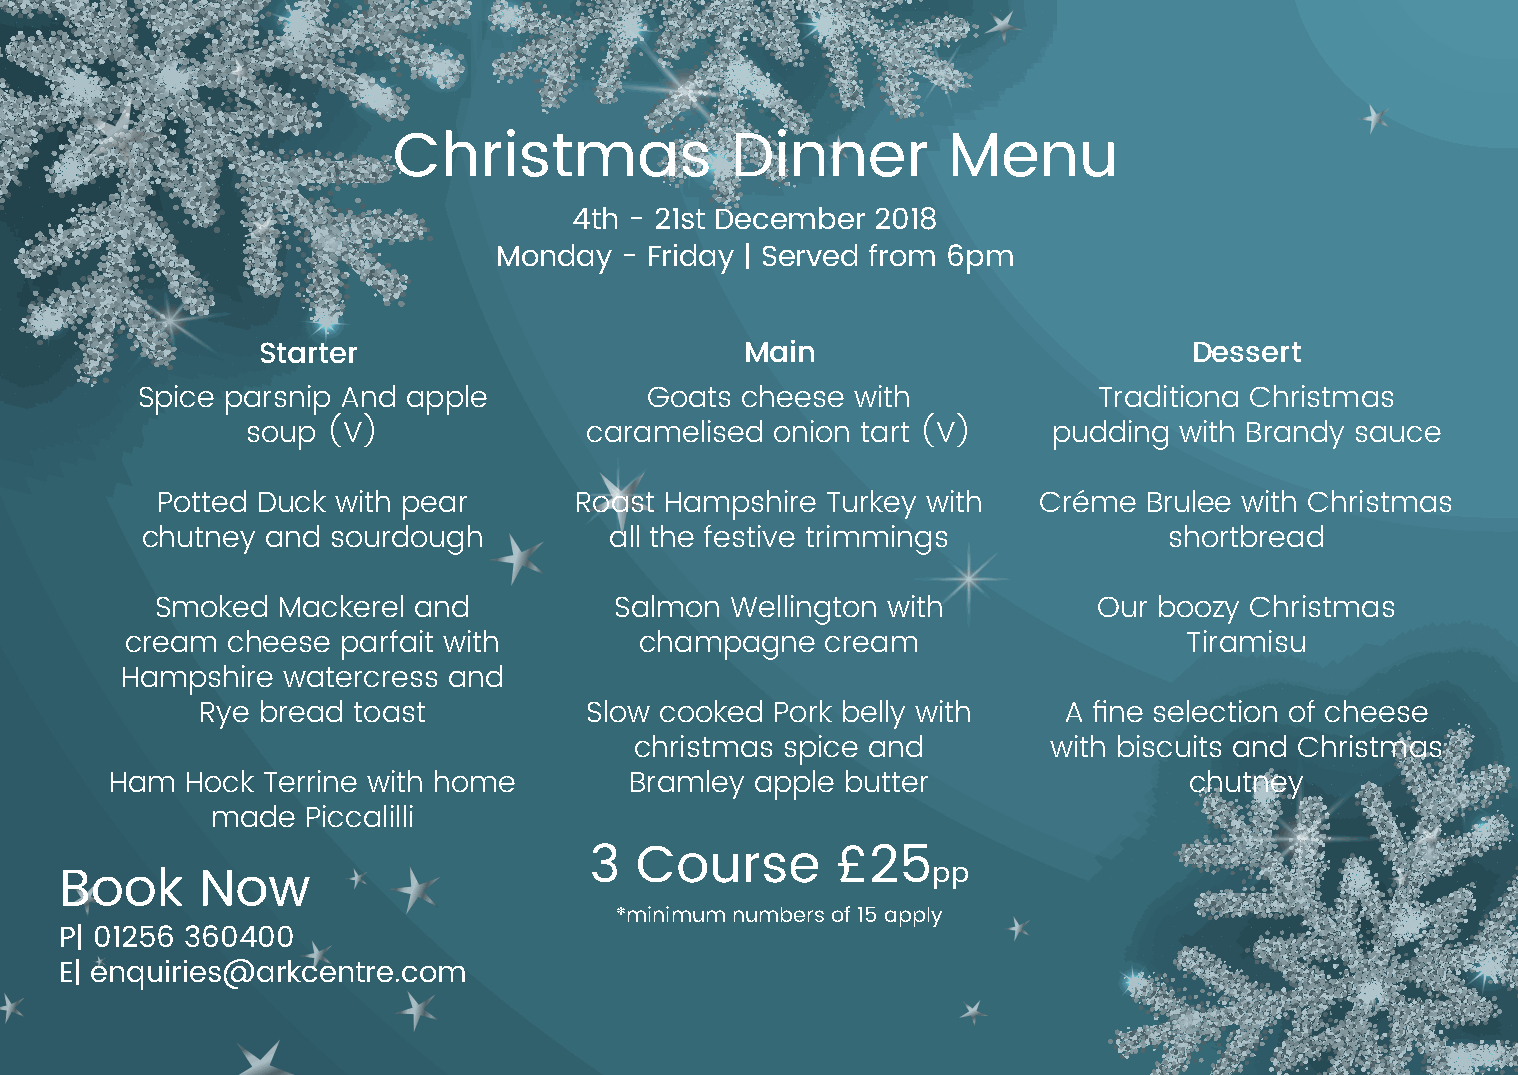
Christmas             Dinner         Menu
 4th - 21st December 2018
 Monday  - Friday | Served from 6pm
 Starter                         Main                          Dessert
 Spice parsnip And apple           Goats cheese  with            Traditiona Christmas
 soup  (V)              caramelised onion tart (V)     pudding with Brandy sauce
 Potted Duck with pear       Roast Hampshire  Turkey with   Créme  Brulee with Christmas
 chutney  and sourdough         all the festive trimmings            shortbread
 Smoked  Mackerel and           Salmon Wellington with          Our boozy Christmas
 cream  cheese  parfait with       champagne    cream                   Tiramisu
 Hampshire  watercress and
 Rye bread toast           Slow cooked Pork belly with    A fine selection of cheese
 christmas spice and        with biscuits and Christmas
 Ham  Hock Terrine with home        Bramley apple butter                 chutney
 made  Piccalilli
 3  Course       £25
 pp
 Book     Now
 *minimum numbers of 15 apply
 P| 01256 360400
 E| enquiries@arkcentre.com